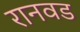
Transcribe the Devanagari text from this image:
रानवड